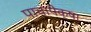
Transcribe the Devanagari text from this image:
पाचापेक्षा